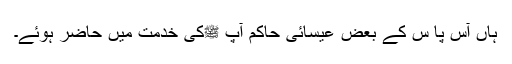
ہاں آس پا س کے بعض عیسائی حاکم آپ ﷺکی خدمت میں حاضر ہوئے۔